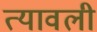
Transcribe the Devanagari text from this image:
त्यावली